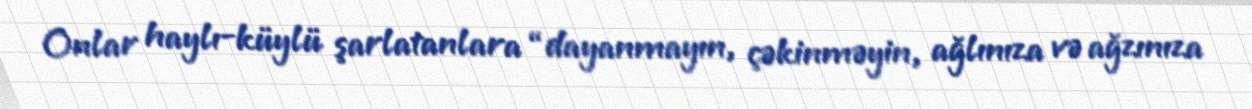
Onlar haylı-küylü şarlatanlara “dayanmayın, çəkinməyin, ağlınıza və ağzınıza